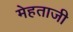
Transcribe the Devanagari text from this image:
मेहताजी